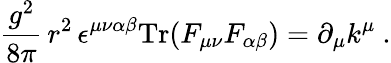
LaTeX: \frac{g^{2}}{8\pi}\, r^{2}\, \epsilon^{\mu\nu\alpha\beta}\mathrm{Tr}(F_{\mu\nu}F_{\alpha\beta})=\partial_{\mu}k^{\mu}\ .